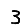
Digit: 3